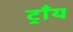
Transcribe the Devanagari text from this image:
ट्राँय